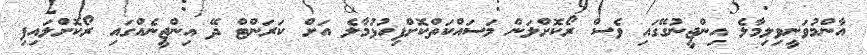
އާންމުވަނީވިލިމާލެ އިންޖީނުގޭގައި ވެސް ރޯކޮށްލަން މަސައްކަތްކޮށްފިހުޅުމާލެ އަށް ކަރަންޓް ދޭ އިންޖީނެއްގައި ރޯކޮށްލައިިފި